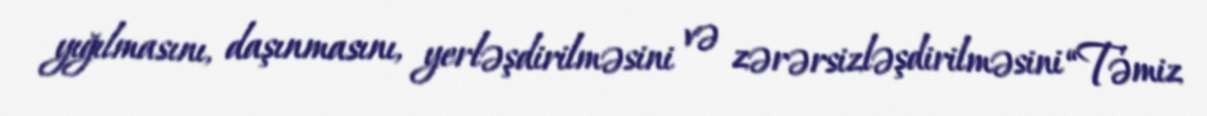
yığılmasını, daşınmasını, yerləşdirilməsini və zərərsizləşdirilməsini “Təmiz